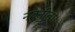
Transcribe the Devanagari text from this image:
नवनीता।